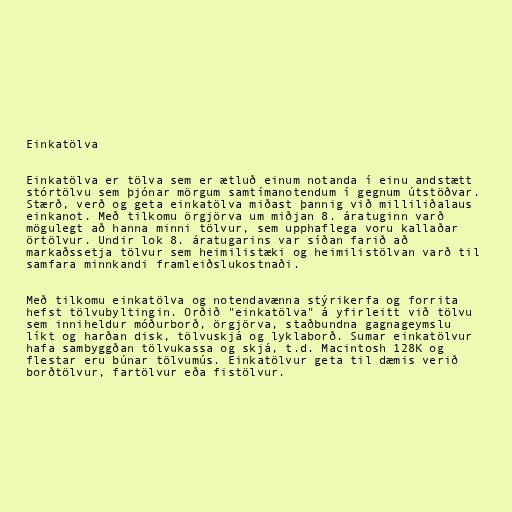
Einkatölva

Einkatölva er tölva sem er ætluð einum notanda í einu andstætt
stórtölvu sem þjónar mörgum samtímanotendum í gegnum útstöðvar.
Stærð, verð og geta einkatölva miðast þannig við milliliðalaus
einkanot. Með tilkomu örgjörva um miðjan 8. áratuginn varð
mögulegt að hanna minni tölvur, sem upphaflega voru kallaðar
örtölvur. Undir lok 8. áratugarins var síðan farið að
markaðssetja tölvur sem heimilistæki og heimilistölvan varð til
samfara minnkandi framleiðslukostnaði.

Með tilkomu einkatölva og notendavænna stýrikerfa og forrita
hefst tölvubyltingin. Orðið "einkatölva" á yfirleitt við tölvu
sem inniheldur móðurborð, örgjörva, staðbundna gagnageymslu
líkt og harðan disk, tölvuskjá og lyklaborð. Sumar einkatölvur
hafa sambyggðan tölvukassa og skjá, t.d. Macintosh 128K og
flestar eru búnar tölvumús. Einkatölvur geta til dæmis verið
borðtölvur, fartölvur eða fistölvur.